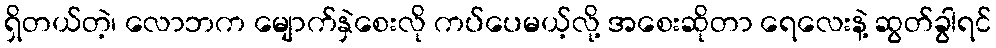
ရှိတယ်တဲ့၊ လောဘက မျောက်နှဲစေးလို ကပ်ပေမယ့်လို့ အစေးဆိုတာ ရေလေးနဲ့ ဆွတ်ခွါရင်